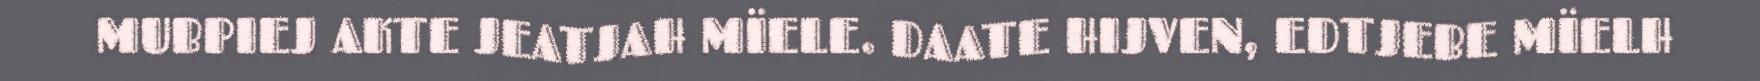
MUBPIEJ AKTE JEATJAH MÏELE. DAATE HIJVEN, EDTJEBE MÏELH